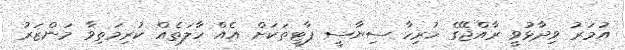
އުމަރު ވިދާޅުވީ ރާއްޖޭގެ ހުރިހާ ސިޔާސީ ޕާޓީތަކަށް އެއް ހާލަތެއް ކުރިމަތިވާ މަންޒަރު